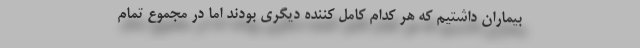
بیماران داشتیم که هر کدام کامل کننده دیگری بودند اما در مجموع تمام